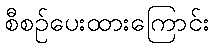
စီစဉ်ပေးထားကြောင်း